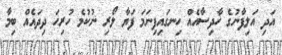
އަދި އަލިފާނުގެ ހާދިސާއެއް ހިނގައިފިނަމަ ފަޔާ ލޯރި ނުކުމެ ހުރިހަ ދިދައެއް ބިމާ